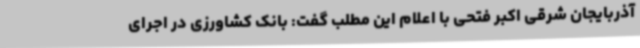
آذربایجان شرقی اکبر فتحی با اعلام این مطلب گفت: بانک کشاورزی در اجرای